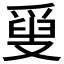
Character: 𤔣